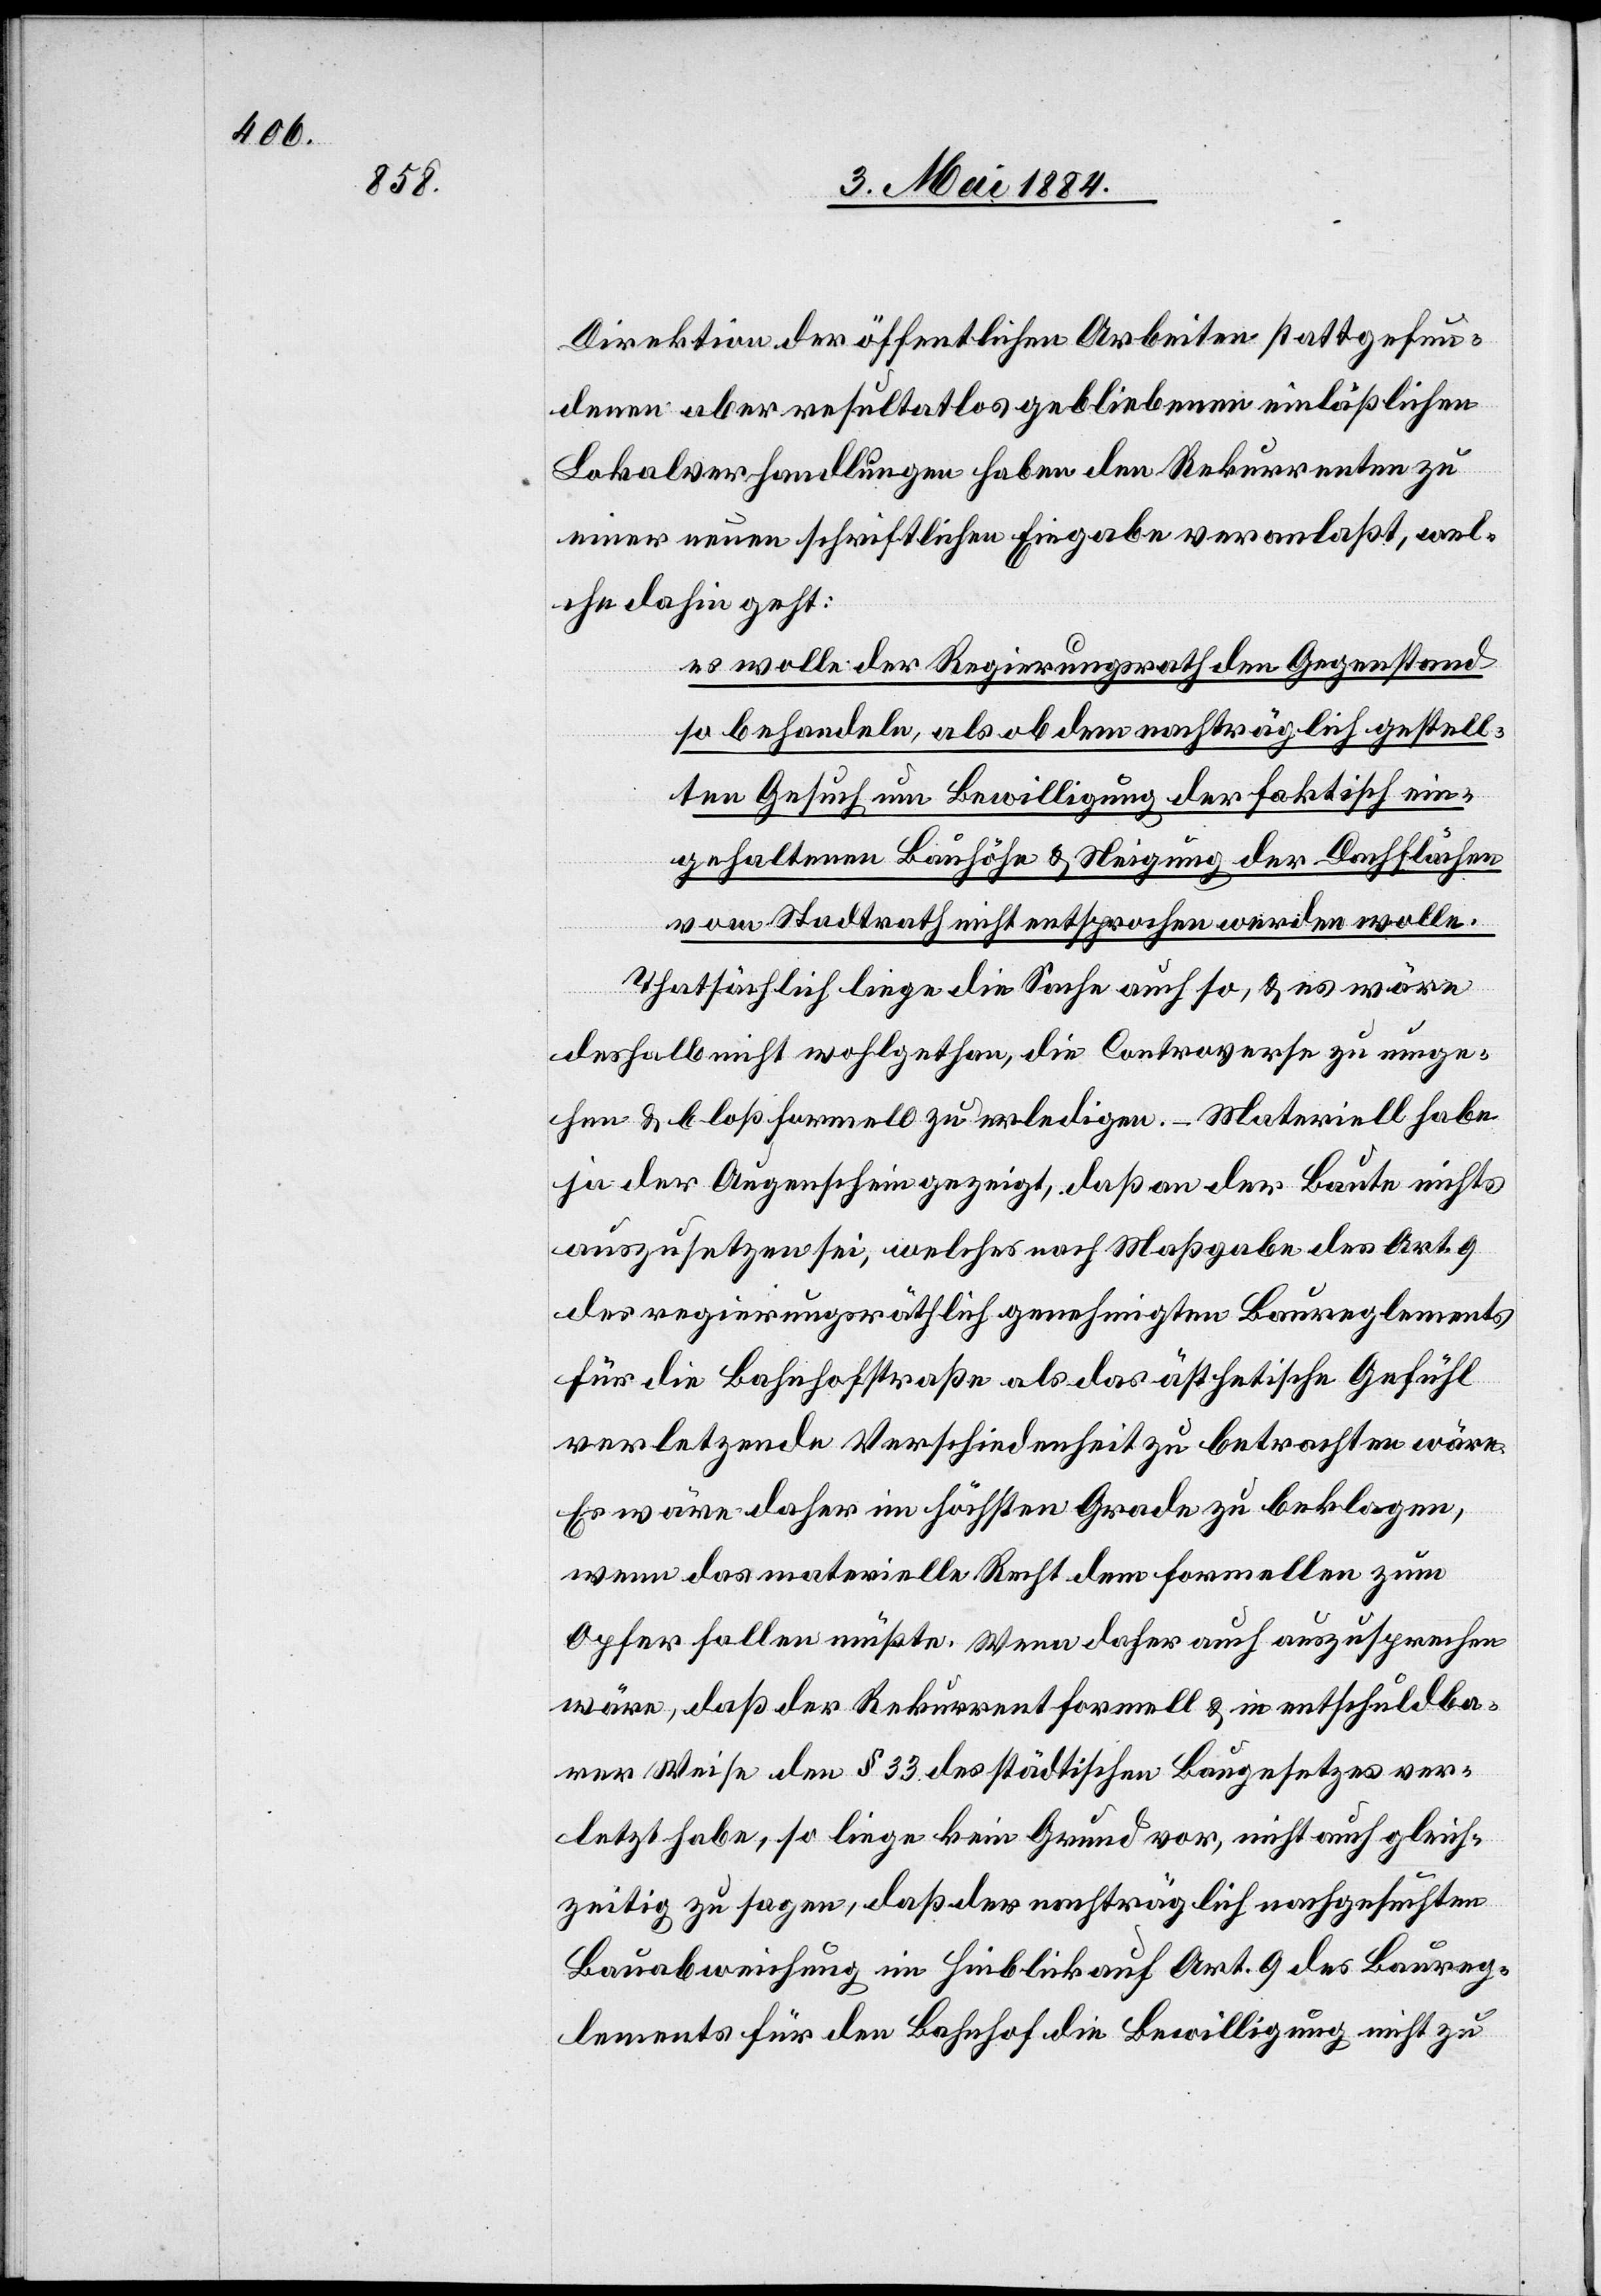
Direktion der öffentlichen Arbeiten stattgefun¬
denen aber resultatlos gebliebenen einläßlichen
Lokalverhandlungen haben den Rekurrenten zu
einer neuen schriftlichen Eingabe veranlaßt, wel¬
che dahin geht:
es wolle der Regierungsrath den Gegenstand
so behandeln, als ob dem nachträglich gestell¬
ten Gesuch um Bewilligung der faktisch ein¬
gehaltenen Bauhöhe & Neigung der Dachflächen
vom Stadtrath nicht entsprochen werden wolle.
Thatsächlich liege die Sache auch so, & es wäre
deshalb nicht wohlgethan, die Controverse zu umge¬
hen & bloß formell zu erledigen. – Materiell habe
ja der Augenschein gezeigt, daß an der Baute nichts
auszusetzen sei, welches nach Maßgabe des Art. 9
des regierungsräthlich genehmigten Baureglements
für die Bahnhofstraße als das ästhetische Gefäll
verletzende Verschiedenheit zu betrachten wäre.
Es wäre daher im höchsten Grade zu beklagen,
wenn das materielle Recht dem formellen zum
Opfer fallen müßte. Wenn daher auch auszusprechen
wäre, daß der Rekurrent formell & in entschuldba¬
rer Weise den § 33 des städtischen Baugesetzes ver¬
letzt habe, so liege kein Grund vor, nicht auch gleich¬
zeitig zu sagen, daß der nachträglich nachgesuchten
Bauabweichung im Hinblick Art. 9 des Baureg¬
lements für den Bahnhof die Bewilligung nicht zu